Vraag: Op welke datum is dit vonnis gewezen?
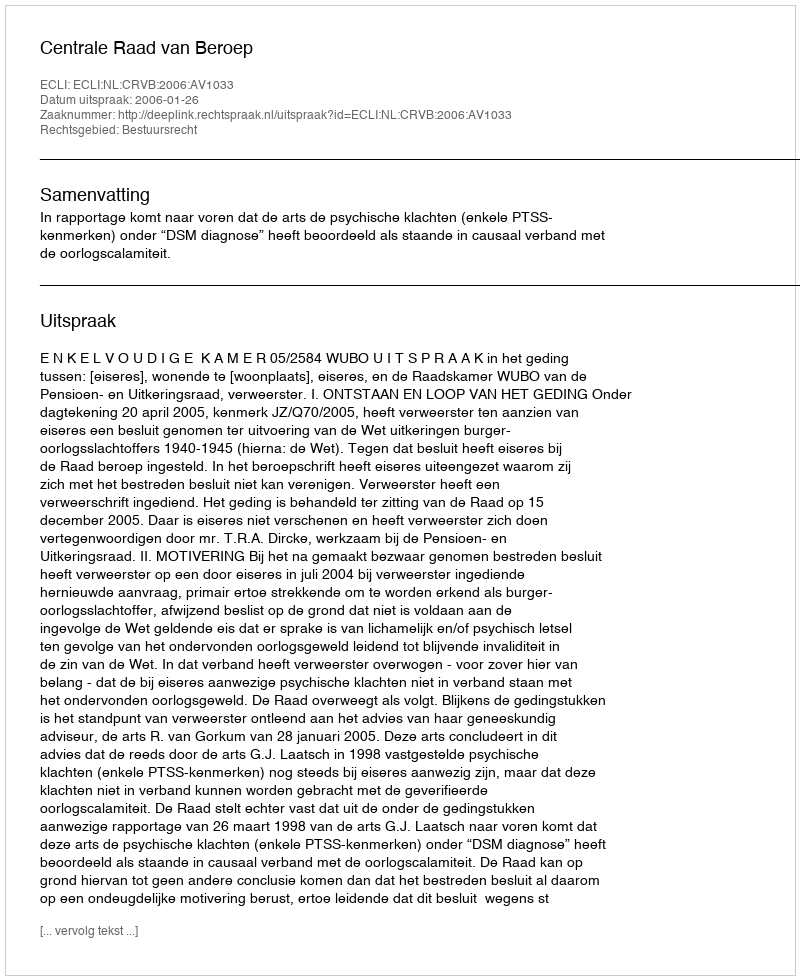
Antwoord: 2006-01-26